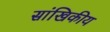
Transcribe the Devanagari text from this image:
सांखिकीय